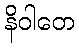
နိဝါတေ